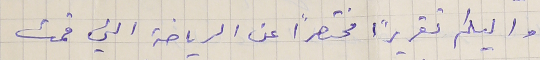
واليكم تقريرًا محتصرًا عن الرياضة التي قمت